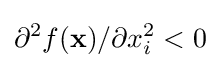
\partial ^{2}f(\mathbf {x} )/\partial x_{i}^{2}<0